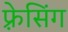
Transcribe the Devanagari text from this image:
फ़्रेसिंग